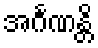
အင်္ဂဏန္တိ